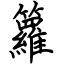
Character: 籮